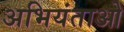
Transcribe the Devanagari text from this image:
अभियंताओ